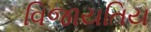
વિજાયતિય